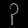
Digit: ၃